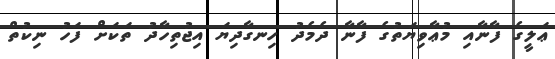
ޢަލީގެ ފާނާއި މުޢާވިޔަތުގެ ފާނާ ދެމެދު ހިނގާދިޔަ އިޖުތިހާދު ތަކަށް ފަހު ނިކުތް